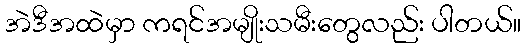
အဲဒီအထဲမှာ ကရင်အမျိုးသမီးတွေလည်း ပါတယ်။